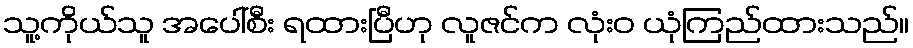
သူ့ကိုယ်သူ အပေါ်စီး ရထားပြီဟု လူဇင်က လုံးဝ ယုံကြည်ထားသည်။